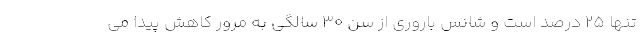
تنها ۲۵ درصد است و شانس باروری از سن ۳۰ سالگی به مرور کاهش پیدا می